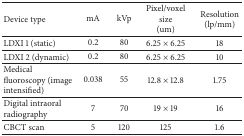
| Device type | mA | kVp | Pixel/voxel size (um) | Resolution (lp/mm) |
 | --- | --- | --- | --- | --- |
 | LDXI 1 (static) | 0.2 | 80 | 6.25 × 6.25 | 18 |
 | LDXI 2 (dynamic) | 0.2 | 80 | 6.25 × 6.25 | 10 |
 | Medical fluoroscopy (image intensified) | 0.038 | 55 | 12.8 × 12.8 | 1.75 |
 | Digital intraoral radiography | 7 | 70 | 19 × 19 | 16 |
 | CBCT scan | 5 | 120 | 125 | 1.6 |